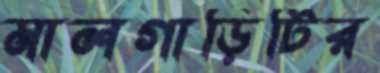
মালগাড়িটির